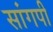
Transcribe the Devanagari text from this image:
सांगपी